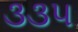
૩૩૫